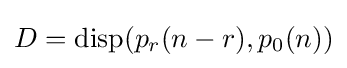
{\textstyle D=\operatorname {disp} (p_{r}(n-r),p_{0}(n))}